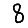
Digit: 8